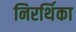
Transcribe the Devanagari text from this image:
निरर्थिका